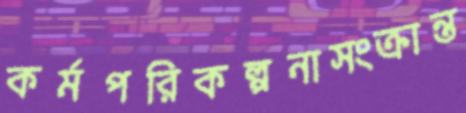
কর্মপরিকল্পনাসংক্রান্ত